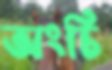
অংচি